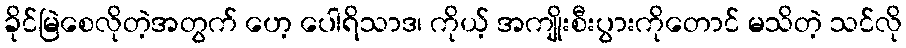
ခိုင်မြဲစေလိုတဲ့အတွက် ဟေ့ ပေါရိသာဒ၊ ကိုယ့် အကျိုးစီးပွားကိုတောင် မသိတဲ့ သင်လို